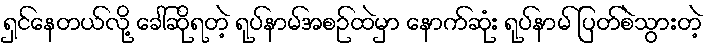
ရှင်နေတယ်လို့ ခေါ်ဆိုရတဲ့ ရုပ်နာမ်အစဉ်ထဲမှာ နောက်ဆုံး ရုပ်နာမ် ပြတ်စဲသွားတဲ့